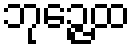
ဘုဉ္ဇေထ